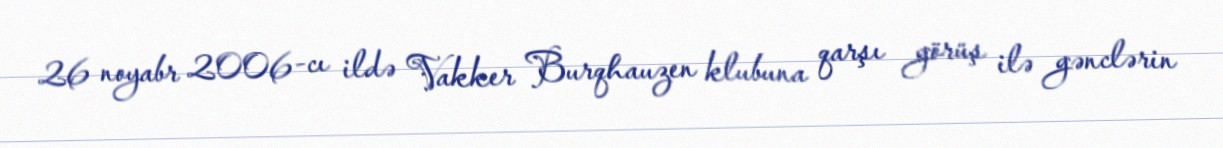
26 noyabr 2006-cı ildə Vakker Burqhauzen klubuna qarşı görüş ilə gənclərin